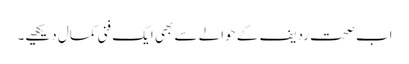
اب صحتِ ردیف کے حوالے سے بھی ایک فنی کمال دیکھیے۔